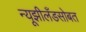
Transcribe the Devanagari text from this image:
न्यूझीलँडसोबत